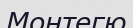
Монтегю